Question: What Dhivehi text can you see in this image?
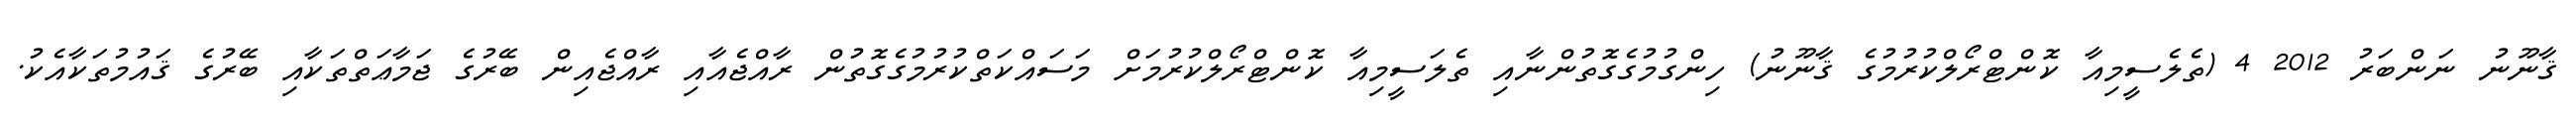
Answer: ޤާނޫނު ނަންބަރު 2012 4 (ތެލެސީމިއާ ކޮންޓްރޯލްކުރުމުގެ ޤާނޫނު) ހިންގުމުގެގޮތުންނާއި ތެލަސީމިއާ ކޮންޓްރޯލްކުރުމަށް މަސައްކަތްކުރުމުގެގޮތުން ރާއްޖެއާއި ރާއްޖެއިން ބޭރުގެ ޖަމާޢަތްތަކާއި ބޭރުގެ ޤައުމުތަކާއެކު.